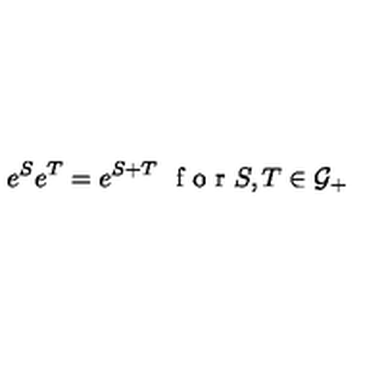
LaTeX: e ^ { S } e ^ { T } = e ^ { S + T } \textrm { } \textrm { f o r } S , T \in { \cal { G } } _ { + }